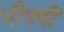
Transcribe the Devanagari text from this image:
भीषणी